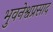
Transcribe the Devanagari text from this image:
भुवनेश्वप्रसाद